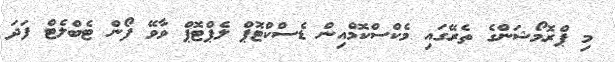
މި ޕްރޮމޯޝަންގެ ތެރޭގައި މެކްސްކޮމްއިން ޑެސްކްޓޮޕް ލެޕްޓޮޕް ވާވޭ ފޯން ޓެބްލެޓް ފަދަ